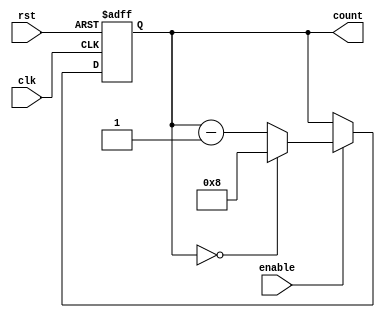
module modulo_n_down_counter (
    input wire clk,
    input wire rst,
    input wire enable,
    output reg [N-1:0] count
);

parameter N = 8; // Set N to desired value

always @(posedge clk or posedge rst) begin
    if (rst) begin
        count <= N;
    end else begin
        if (enable) begin
            if (count == 0) begin
                count <= N;
            end else begin
                count <= count - 1;
            end
        end
    end
end

endmodule